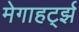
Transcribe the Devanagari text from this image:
मेगाहर्ट्झ